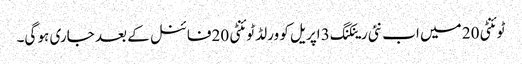
ٹوئنٹی 20 میں اب نئی رینکنگ 3 اپریل کو ورلڈ ٹوئنٹی 20فائنل کے بعد جاری ہو گی۔